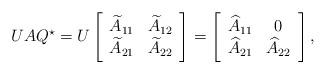
LaTeX: \begin{align*}UAQ^\star=U\left[\begin{array}{cc}\widetilde A_{11}&\widetilde A_{12}\\\widetilde A_{21}&\widetilde A_{22}\end{array}\right]=\left[\begin{array}{cc}\widehat A_{11}&0\\\widehat A_{21}&\widehat A_{22}\end{array}\right],\end{align*}